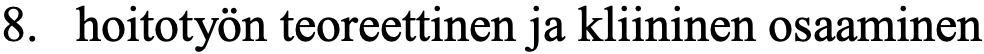
8. hoitotyön teoreettinen ja kliininen osaaminen